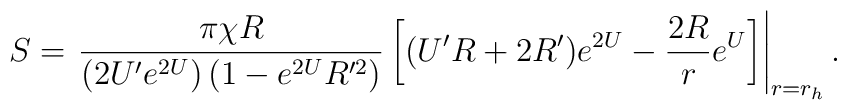
S=\left.\frac{\pi \chi R}{ \left( 2U' e^{2U} \right) \left(1-e^{2U}R'^{2}\right)}\left[(U'R+2R')e^{2U}-{{2R}\over{r}}e^{U}\right]\right|_{r=r_h}.